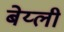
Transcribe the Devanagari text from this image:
बेय्ली